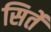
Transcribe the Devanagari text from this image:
सिर्ते